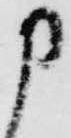
申